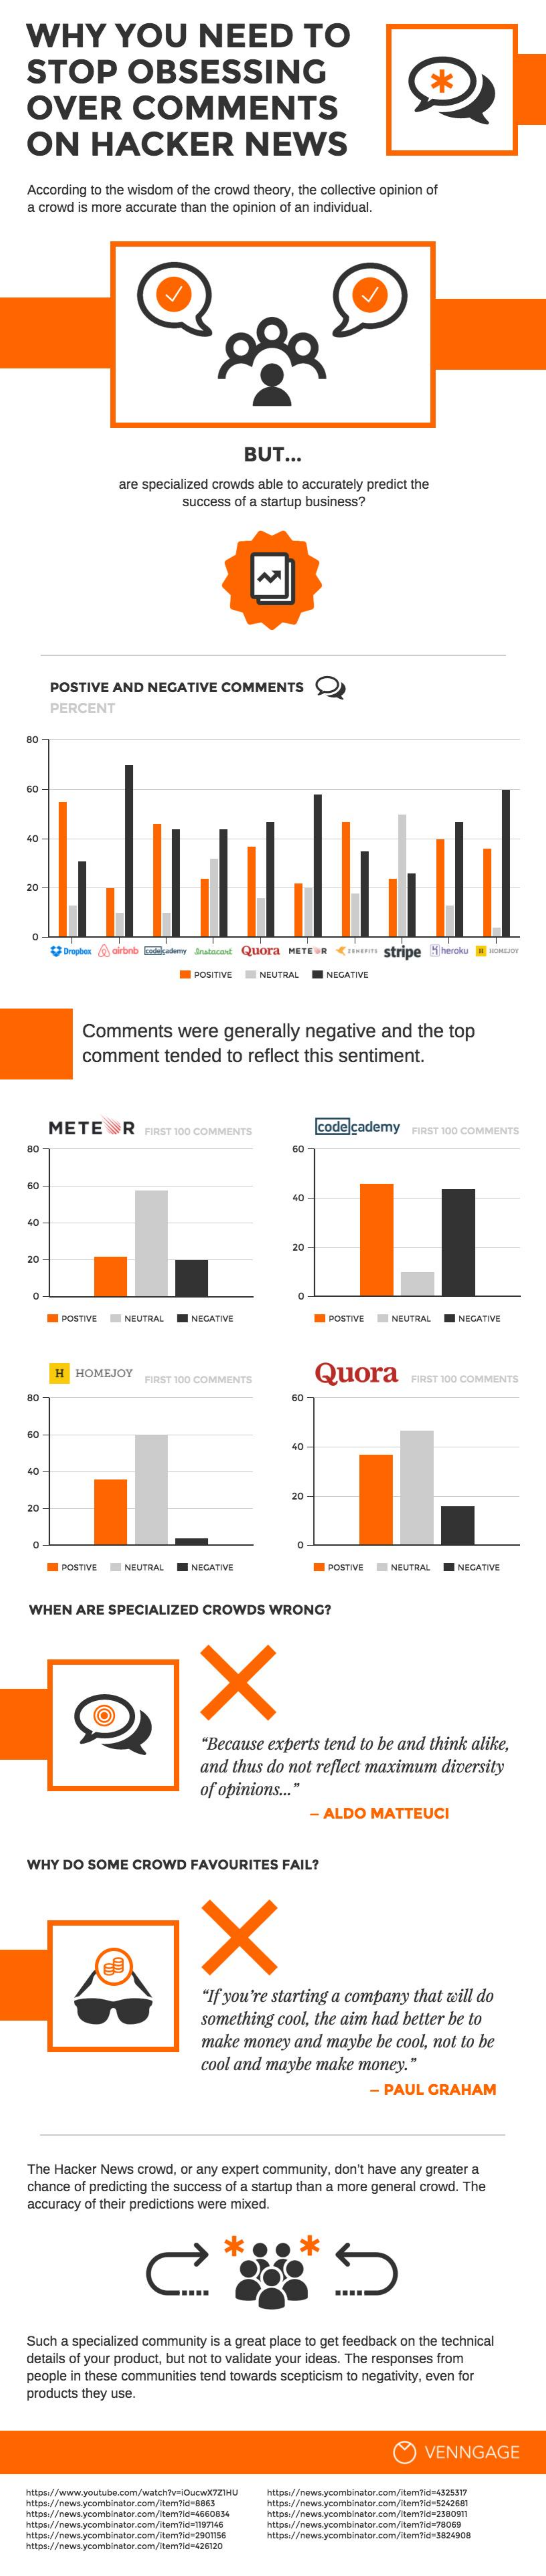
WHY    YOU    NEED    TO
    STOP    OBSESSING
    OVER    COMMENTS
     *
    ON    HACKER    NEWS
    According to the wisdom of the crowd theory, the collective opinion of
    a crowd is more accurate than the opinion of an individual.
     BUT   ...
     are specialized crowds able to accurately predict the
     success of a startup business?
     POSTIVE  AND  NEGATIVE   COMMENTS
     PERCENT
    60
    40-
    20-
     bulun  Quora METE &  <nsIn Stripe & heroku
     POSITIVE NEUTRAL   NEGATIVE
     Comments    were   generally   negative   and  the  top
     comment    tended   to  reflect this sentiment.
     METEOR    FIRST 100 COMMENTS    code cademy  FIRST 100 COMMENTS
     40
     40
    40
    20
     POSTIVE  NEUTRAL   NECATIVE    POSTIVE  NEUTRAL  NEGATIVE
     HOMEJOY    Quora FIRST 100 COMMENTS FIRST 100 COMMENTS
    40
     40
    40
     20
     POSTIWE  NEUTRAL   NECATIVE    POSTIVE NEUTRAL   NEGATIVE
    WHEN   ARE SPECIALIZED   CROWDS    WRONG?
     "Because experts tend  to be and think alike,
     and thus do not reflect maximum    diversity
     of opinions ... "
     - ALDO  MATTEUCI
    WHY  DO  SOME  CROWD   FAVOURITES    FAIL?
     X
     "If you're starting a company that will do
     something  cool, the aim had better be to
     make  money  and  maybe  be cool, not to be
     cool and maybe  make  money."
     - PAUL  GRAHAM
    The Hacker News crowd, or any expert community, don't have any greater a
    chance of predicting the success of a startup than a more general crowd. The
    accuracy of their predictions were mixed.
     *
    Such a specialized community is a great place to get feedback on the technical
    details of your product, but not to validate your ideas. The responses from
    people in these communities tend towards scepticism to negativity, even for
    products they use.
     VENNGAGE
    Https://news ycombinator.com/ilenTid-5955
    https://newsycombinator.com/item?id=4660054